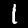
Label: 1